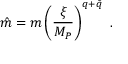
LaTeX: \hat { m } = m \left( { \frac { \xi } { M _ { P } } } \right) ^ { q + \tilde { q } } \ .